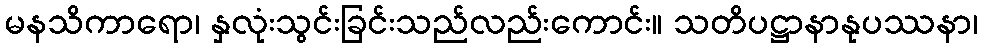
မနသိကာရော၊ နှလုံးသွင်းခြင်းသည်လည်းကောင်း။ သတိပဋ္ဌာနာနုပဿနာ၊